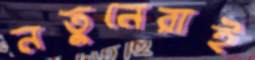
নতুনেরাই